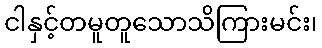
ငါနှင့်တမူတူသောသိကြားမင်း၊